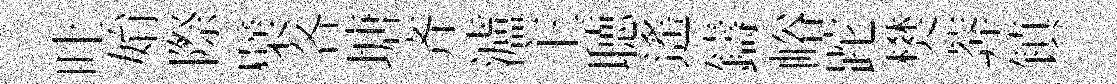
吐姢際檗各塘齐瀘主聴遙鑄峪跎樊莾镇